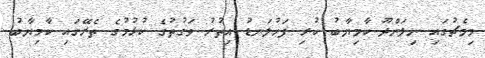
މިމެޗުގައި ނިލަންދޫ ކާމިޔާބު ކުރި ފަހުލަނޑު އިތުރު ވަގުތުގެ ކުޅުމުގެ ތެރޭގައި ކާމިޔާބު